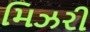
મિઝરી